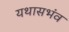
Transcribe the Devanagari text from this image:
यथासभंव